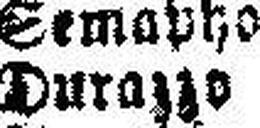
Durazzo